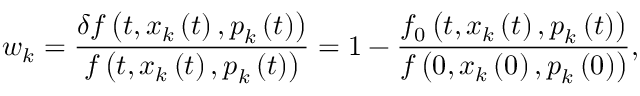
w _ { k } = \frac { \delta f \left( t , \boldsymbol { x } _ { k } \left( t \right) , \boldsymbol { p } _ { k } \left( t \right) \right) } { f \left( t , \boldsymbol { x } _ { k } \left( t \right) , \boldsymbol { p } _ { k } \left( t \right) \right) } = 1 - \frac { f _ { 0 } \left( t , \boldsymbol { x } _ { k } \left( t \right) , \boldsymbol { p } _ { k } \left( t \right) \right) } { f \left( 0 , \boldsymbol { x } _ { k } \left( 0 \right) , \boldsymbol { p } _ { k } \left( 0 \right) \right) } ,